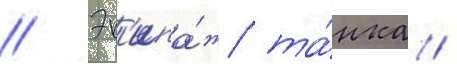
// Эк'ипа́ж та́нка /